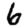
Digit: 6